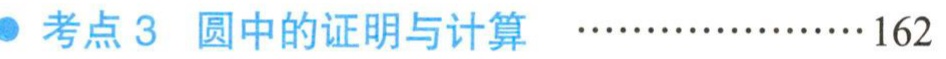
考点3 圆中的证明与计算 \(\cdots\cdots\cdots\cdots\cdots\cdots162\)